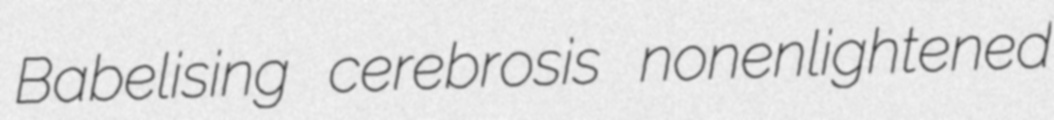
Babelising cerebrosis nonenlightened